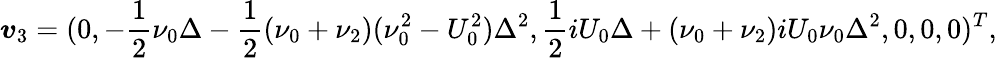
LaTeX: \boldsymbol{v}_{3}=(0,-\frac{1}{2}\nu_{0}\Delta-\frac{1}{2}(\nu_{0}+\nu_{2})(\nu_{0}^{2}-U_{0}^{2})\Delta^{2},\frac{1}{2}iU_{0}\Delta+(\nu_{0}+\nu_{2})iU_{0}\nu_{0}\Delta^{2},0,0,0)^{T},